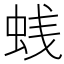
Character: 𰲳